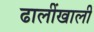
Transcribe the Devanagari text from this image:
ढालींखाली